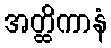
အတ္ထိကာနံ